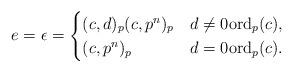
LaTeX: \begin{align*} e = \epsilon = \begin{cases} (c,d)_p(c,p^n)_p & d \neq 0 \mathrm{ord}_p(c) ,\\ (c,p^n)_p & d = 0 \mathrm{ord}_p(c) . \end{cases} \end{align*}